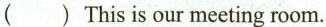
() This is our meeting room.